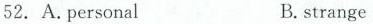
52. A.personal B.strange